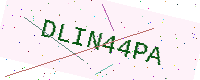
Text: DLIN44PA